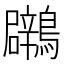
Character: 鸊